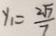
y _ { 1 } = \frac { 2 \sqrt { 7 } } { 7 }